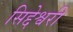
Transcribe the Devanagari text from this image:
सिद्देश्वरी